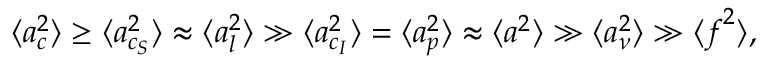
\langle \boldsymbol { a } _ { c } ^ { 2 } \rangle \ge \langle \boldsymbol { a } _ { c _ { S } } ^ { 2 } \rangle \approx \langle \boldsymbol { a } _ { l } ^ { 2 } \rangle \gg \langle \boldsymbol { a } _ { c _ { I } } ^ { 2 } \rangle = \langle \boldsymbol { a } _ { p } ^ { 2 } \rangle \approx \langle \boldsymbol { a } ^ { 2 } \rangle \gg \langle \boldsymbol { a } _ { \nu } ^ { 2 } \rangle \gg \langle \boldsymbol { f } ^ { 2 } \rangle ,